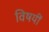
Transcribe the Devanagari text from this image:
विषयीं